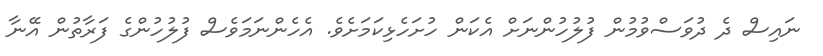
ނައިސް ދެ ދުވަސްވުމުން ފުލުހުންނަށް އެކަން ހުށަހެޅިކަމަށެވެ. އެހެންނަމަވެސް ފުލުހުންގެ ފަރާތުން އޭނާ